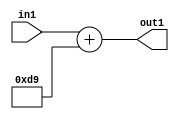
`timescale 1ps / 1ps
/*****************************************************************************
    Verilog RTL Description
    
    
    Created by: Stratus DpOpt 2019.1.01 
*******************************************************************************/

module DC_Filter_Add_12U_40_4 (
	in1,
	out1
	); /* architecture "behavioural" */ 
input [11:0] in1;
output [11:0] out1;
wire [11:0] asc001;

assign asc001 = 
	+(in1)
	+(12'B000011011001);

assign out1 = asc001;
endmodule

/* CADENCE  urnwTwg= : u9/ySgnWtBlWxVPRXgAZ4Og= ** DO NOT EDIT THIS LINE ******/